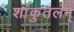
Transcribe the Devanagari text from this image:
शांकुतलम्